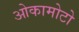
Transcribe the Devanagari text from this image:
ओकामोटो